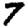
Digit: 7